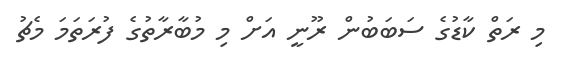
މި ރަތް ކާޑުގެ ސަބަބުން ރޫނީ އަށް މި މުބާރާތުގެ ފުރަތަމަ މެޗު